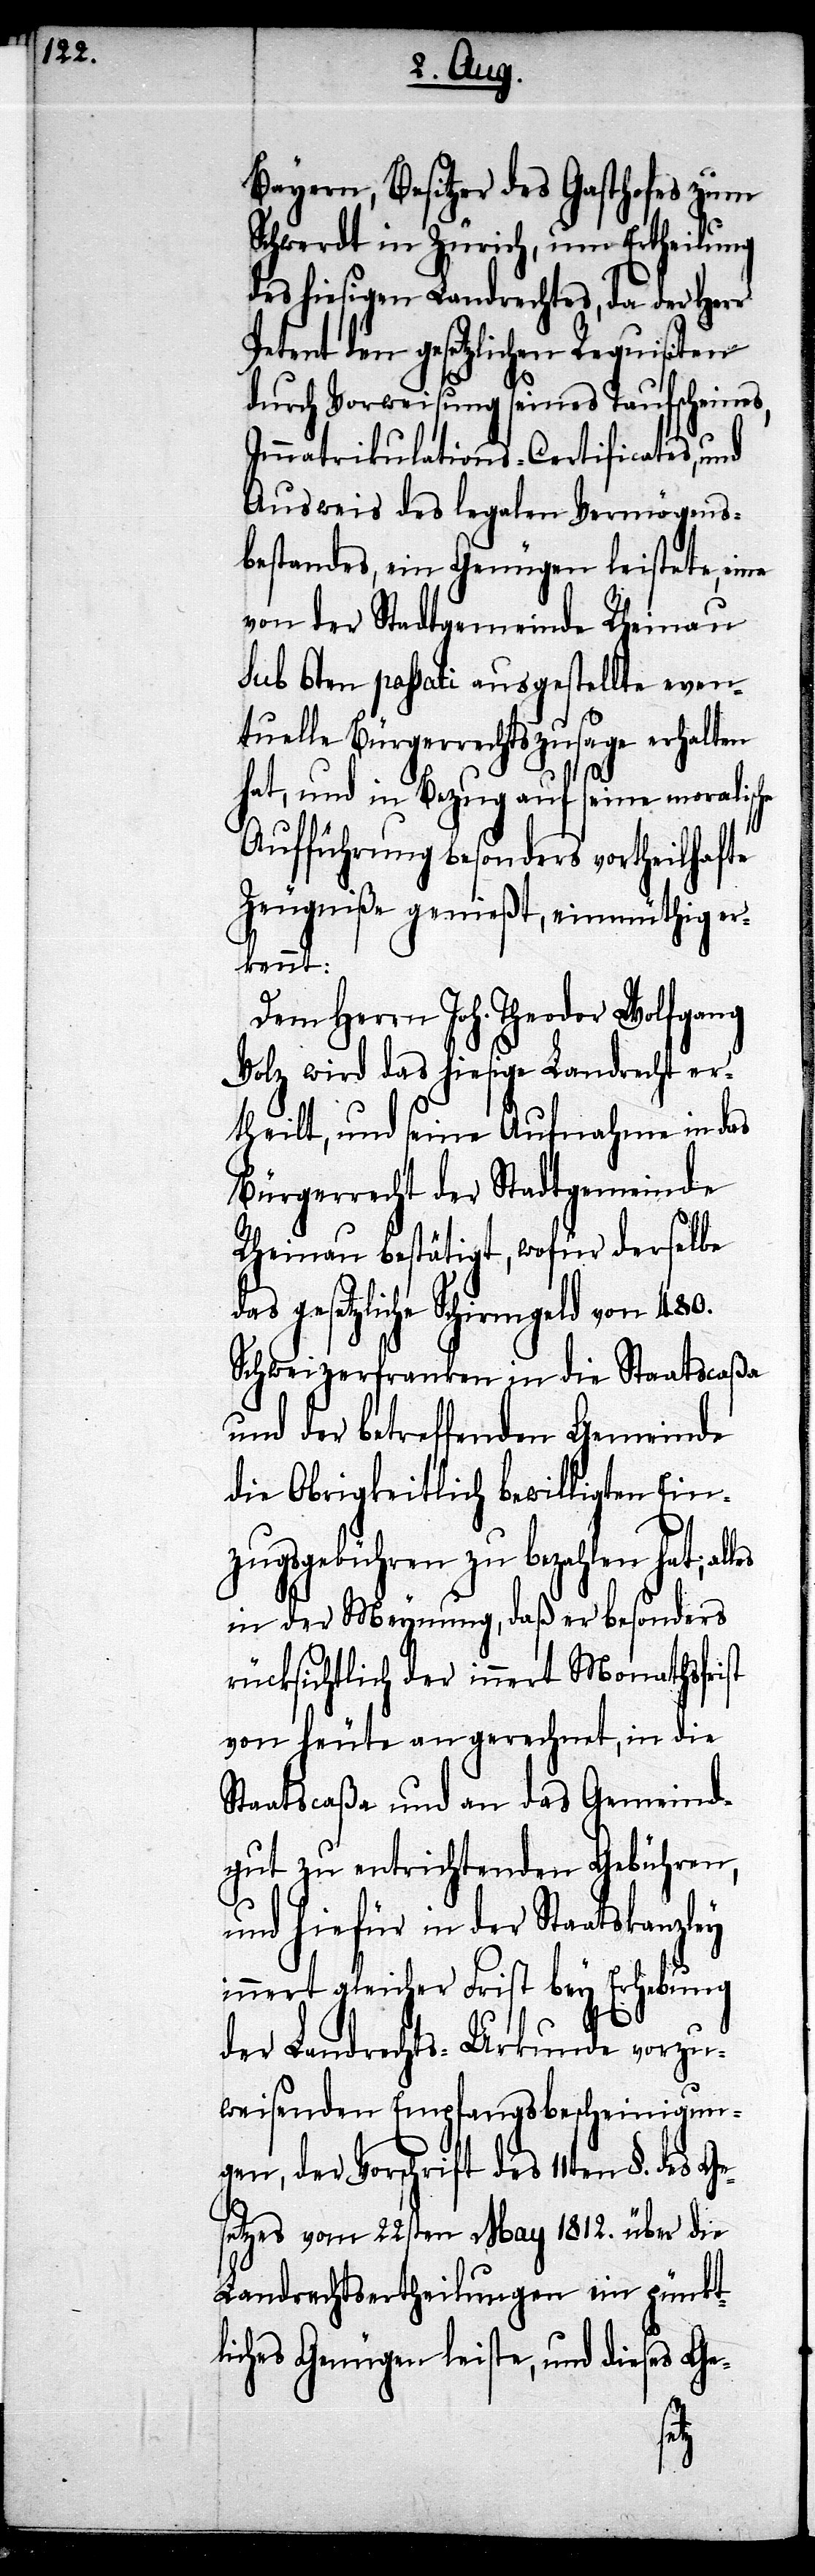
e¬

Bayern, Besitzer des Gasthofes zum
Schwerdt in Zürich, um Ertheilung
des hiesigen Landrechtes, da der Herr
Petent den gesetzlichen Requisiten
durch Vorweisung seines Taufscheines,
Immatrikulations-Certificates, und
Ausweis des legalen Vermögens¬
bestandes, ein Genügen leistete, eine
von der Stadtgemeinde Rheinau
sub 6ten passati ausgestellte even¬
tuelle Bürgerrechtszusage erhalten
hat, und in Bezug auf seine moralische
Aufführung besonders vortheilhafte
Zeugniße genießt, einmüthig er¬
kennt:
Dem Herrn Joh. Theodor Wolfgang
Volz wird das hiesige Landrecht er¬
theilt, und seine Aufnahme in das
Bürgerrecht der Stadtgemeinde
Rheinau bestätigt, wofür derselbe
das gesetzliche Schirmgeld von 480.
Schweizerfranken in die Staatscaßa
und der betreffenden Gemeinde
die Obrigkeitlich bewilligten Ein¬
zugsgebühren zu bezahlen hat;
in der Meynung, daß er besonders
rücksichtlich der innert Monathsfrist
von heute an gerechnet, in die
Staatscaßa und an das Gemeind¬
gut zu entrichtenden Gebühren,
und hiefür in der Staatskanzley
innert gleicher Frist bey Erhebung
der Landrechts-Urkunde vorzu¬
weisenden Empfangsbescheinigun¬
gen, der Vorschrift des 11ten §. des G¬
setzes vom 22sten May 1812. über die
Landrechtsertheilungen ein pünkt¬
liches Genügen leiste, und dieses Ge-